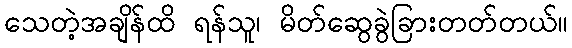
သေတဲ့အချိန်ထိ ရန်သူ၊ မိတ်ဆွေခွဲခြားတတ်တယ်။